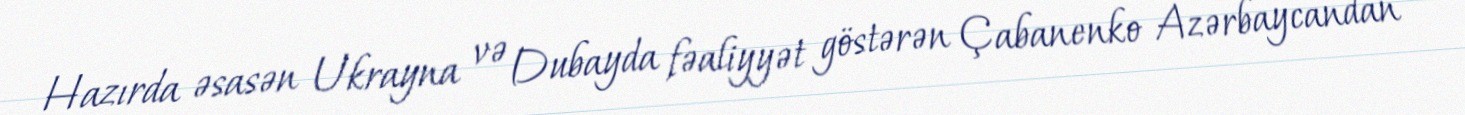
Hazırda əsasən Ukrayna və Dubayda fəaliyyət göstərən Çabanenko Azərbaycandan